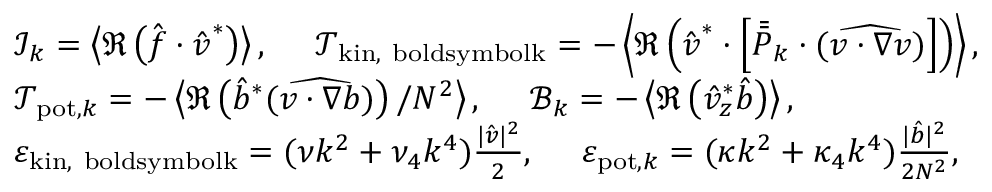
\begin{array} { r l } & { \mathcal { I } _ { \boldsymbol { k } } = \left\langle \Re \left( \hat { \boldsymbol { f } } \cdot \hat { \boldsymbol { v } } ^ { * } \right) \right\rangle , ~ ~ ~ ~ \mathcal { T } _ { \mathrm { k i n , \ b o l d s y m b o l { k } } } = - \left\langle \Re \left( \hat { \boldsymbol { v } } ^ { * } \cdot \left[ \bar { \bar { P } } _ { \boldsymbol { k } } \cdot ( \widehat { \boldsymbol { v } \cdot \boldsymbol { \nabla } \boldsymbol { v } } ) \right] \right) \right\rangle , } \\ & { \mathcal { T } _ { \mathrm { p o t } , \boldsymbol { k } } = - \left\langle \Re \left( \hat { b } ^ { * } ( \widehat { \boldsymbol { v } \cdot \boldsymbol { \nabla } b } ) \right) / N ^ { 2 } \right\rangle , ~ ~ ~ ~ \mathcal { B } _ { \boldsymbol { k } } = - \left\langle \Re \left( \hat { v } _ { z } ^ { * } \hat { b } \right) \right\rangle , } \\ & { \varepsilon _ { \mathrm { k i n , \ b o l d s y m b o l { k } } } = ( \nu k ^ { 2 } + \nu _ { 4 } k ^ { 4 } ) \frac { | \hat { \boldsymbol { v } } | ^ { 2 } } { 2 } , ~ ~ ~ ~ \varepsilon _ { \mathrm { p o t } , \boldsymbol { k } } = ( \kappa k ^ { 2 } + \kappa _ { 4 } k ^ { 4 } ) \frac { | \hat { b } | ^ { 2 } } { 2 N ^ { 2 } } , } \end{array}